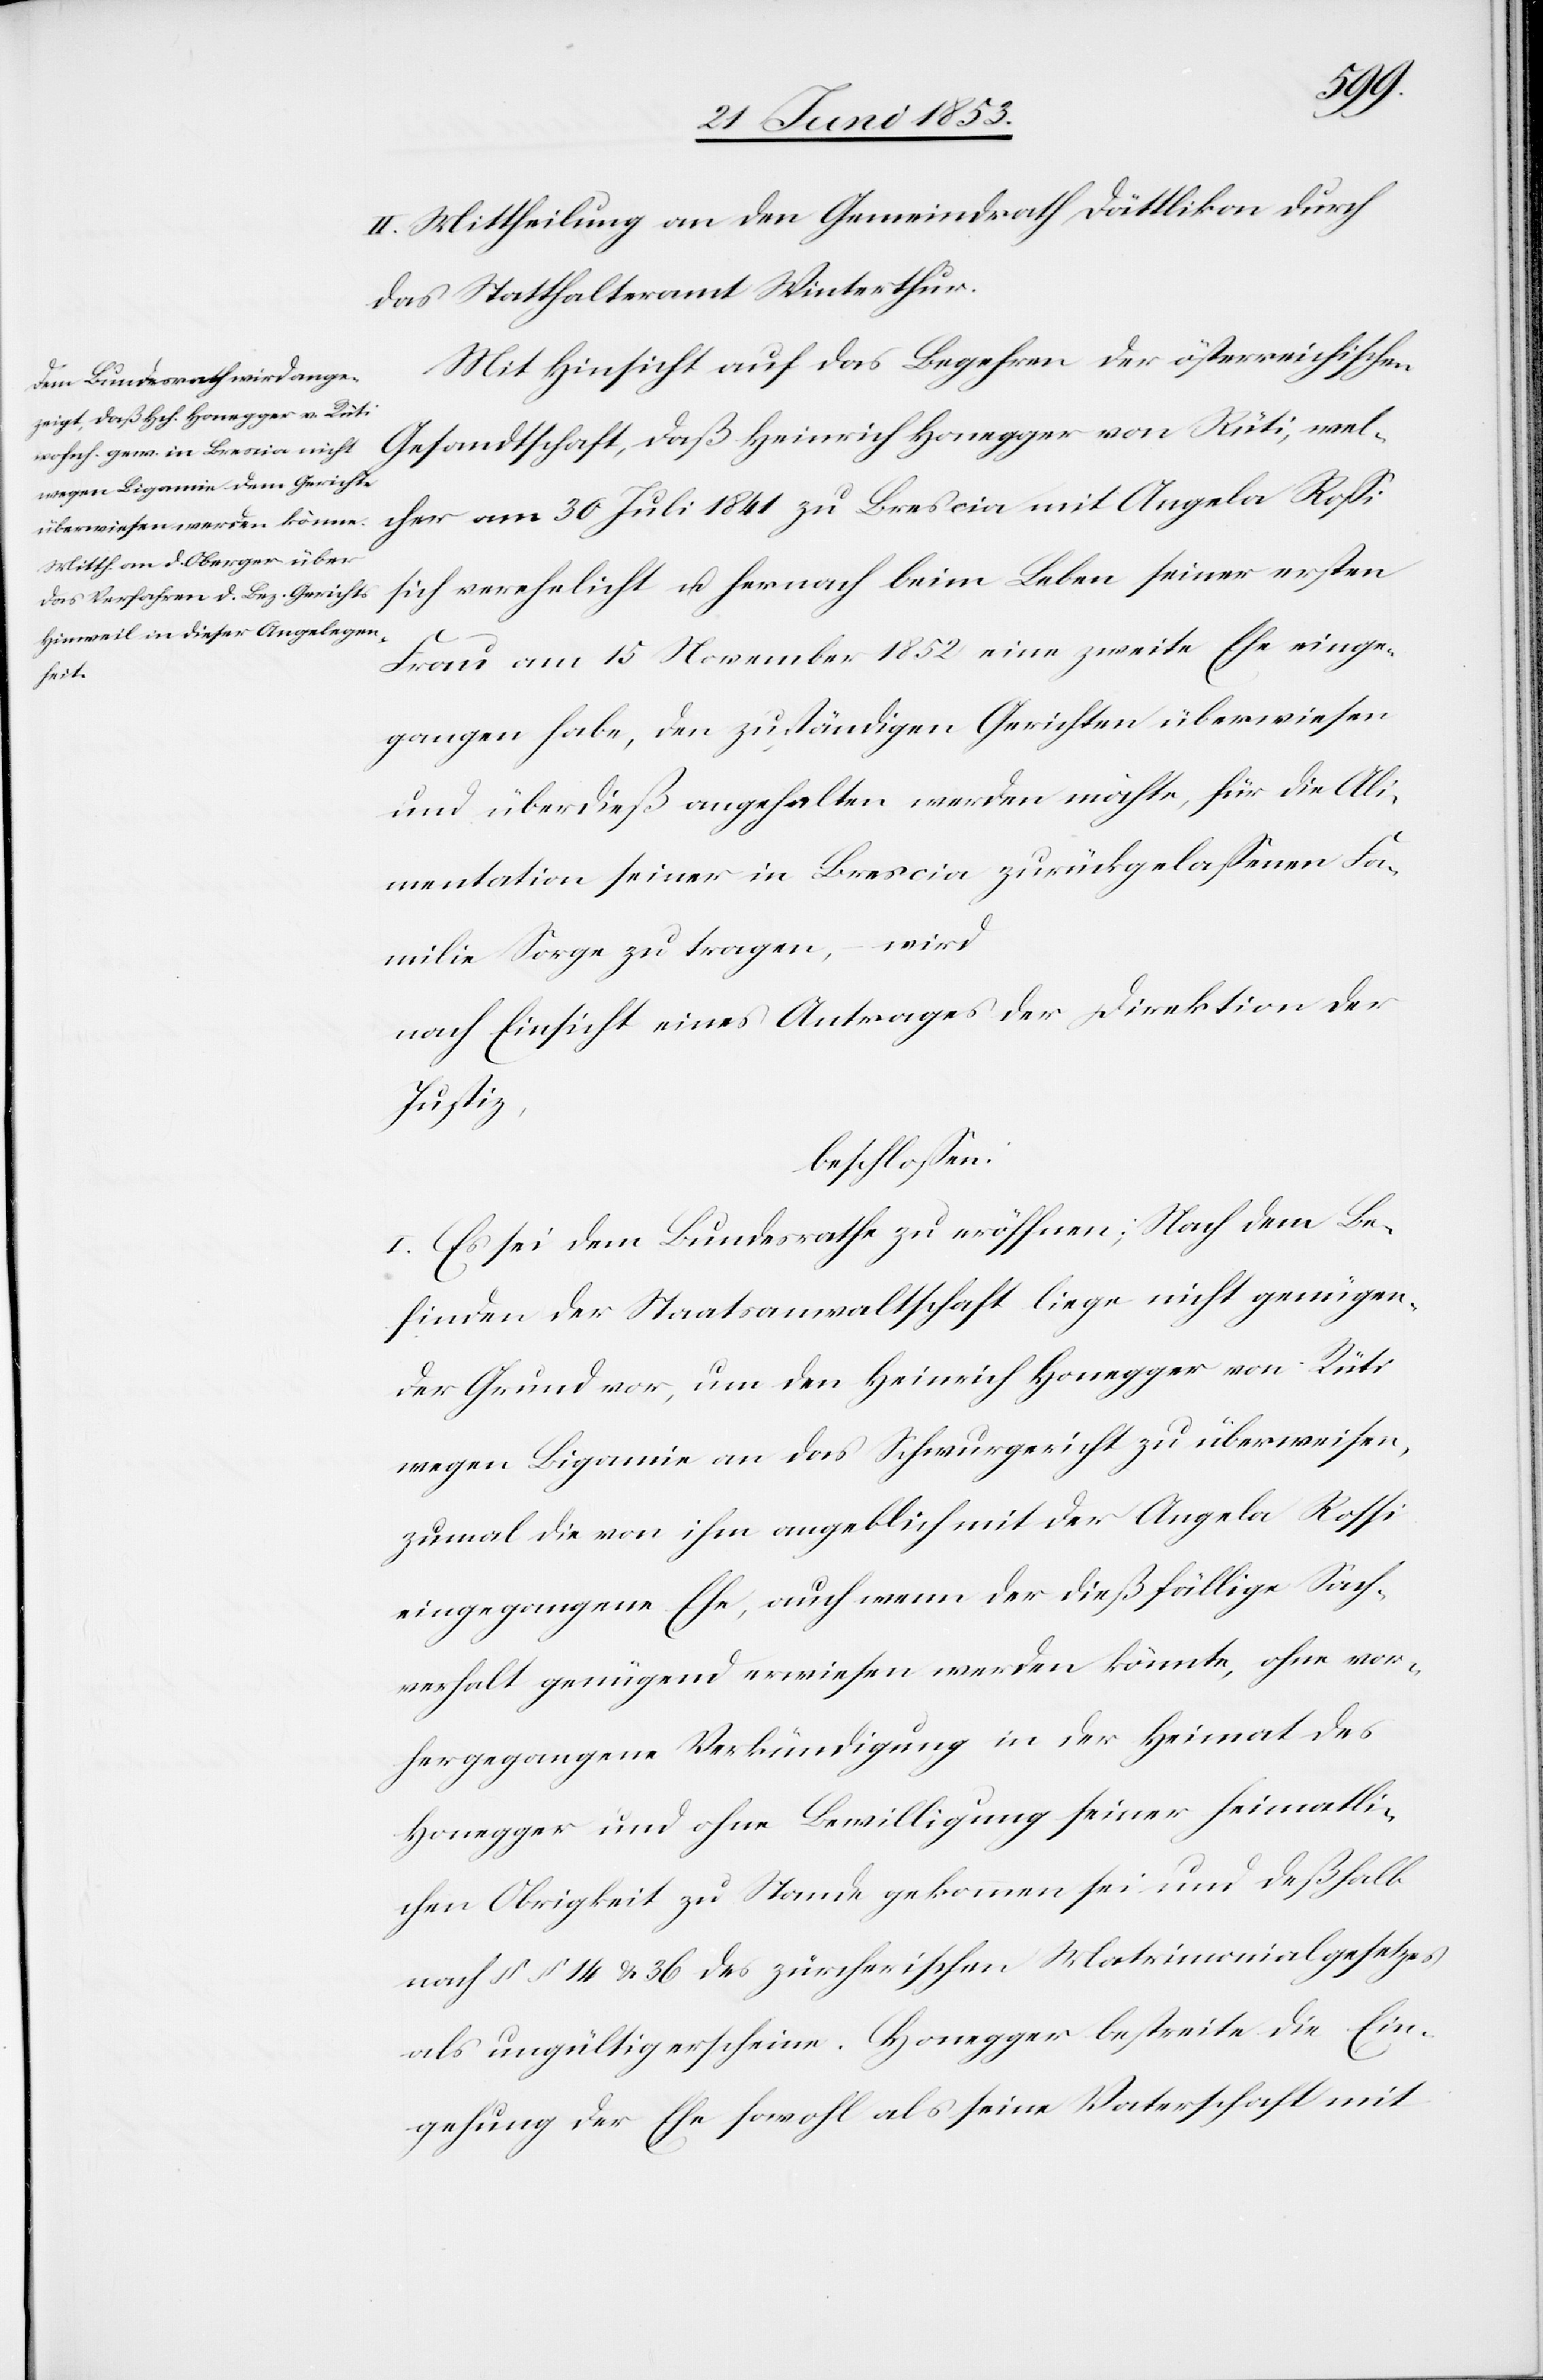
II. Mittheilung an den Gemeindrath Dättlikon durch
das Statthalteramt Winterthur.
Mit Hinsicht auf das Begehren der österreichischen
Gesandtschaft, daß Heinrich Honegger von Rüti, wel¬
cher am 30 Juli 1841 zu Brescia mit Angela Roßi
sich verehelicht u. hernach beim Leben seiner ersten
Frau am 15 November 1852 eine zweite Ehe einge¬
gangen habe, den zuständigen Gerichten überwiesen
und überdieß angehalten werden möchte, für die Ali¬
mentation seiner in Brescia zurückgelaßenen Fa¬
milie Sorge zu tragen, wird,
nach Einsicht eines Antrages der Direktion der
Justiz,
beschloßen:
I. Es sei dem Bundesrathe zu eröffnen; Nach dem Be¬
finden der Staatsanwaltschaft liege nicht genügen¬
der Grund vor, um den Heinrich Honegger von Rüti
wegen Bigamie an das Schwurgericht zu überweisen,
zumal die von ihm angeblich mit der Angela Rossi
eingegangene Ehe, auch wenn der dießfällige Sach¬
verhalt genügend erwiesen werden könnte, ohne vor¬
hergegangene Verkündigung in der Heimat des
Honegger und ohne Bewilligung seiner heimathli¬
chen Obrigkeit zu Stande gekommen sei und deßhalb
nach §§ 14 u. 36 des zürcherischen Matrimonialgesetzes
als ungültig erscheine. Honegger bestreite die Ein¬
gehung der Ehe sowohl als seine Vaterschaft mit